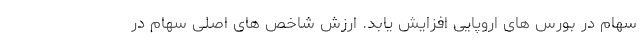
سهام در بورس های اروپایی افزایش یابد. ارزش شاخص های اصلی سهام در